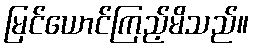
မြင်ယောင်ကြည့်မိသည်။